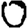
Digit: 0